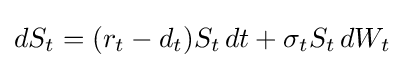
dS_{t}=(r_{t}-d_{t})S_{t}\,dt+\sigma _{t}S_{t}\,dW_{t}